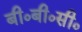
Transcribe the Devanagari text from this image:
बी०बी०सी०